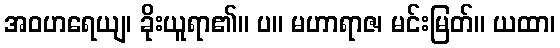
အဝဟရေယျ၊ ခိုးယူရာ၏။ ပ။ မဟာရာဇ၊ မင်းမြတ်။ ယထာ၊